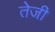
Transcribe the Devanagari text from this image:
तेेजी